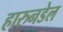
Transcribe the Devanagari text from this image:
हारुनडेल